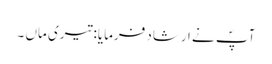
آپؐ نے ارشاد فرمایا: تیری ماں ۔